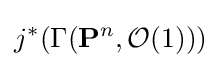
j^{*}(\Gamma (\mathbf {P} ^{n},{\mathcal {O}}(1)))